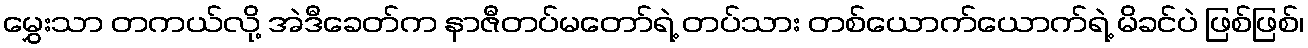
မွှေးသာ တကယ်လို့ အဲဒီခေတ်က နာဇီတပ်မတော်ရဲ့ တပ်သား တစ်ယောက်ယောက်ရဲ့ မိခင်ပဲ ဖြစ်ဖြစ်၊